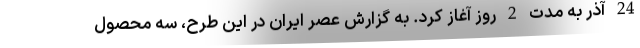
24 آذر به مدت 2 روز آغاز کرد. به گزارش عصر ایران در این طرح، سه محصول